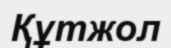
Құтжол